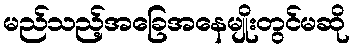
မည်သည့်အခြေအနေမျိုးတွင်မဆို